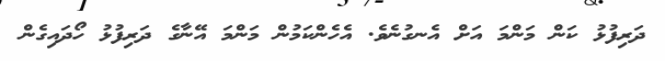
ދަރިފުޅު ކަން މަންމަ އަށް އެނގުނެވެ. އެހެންކަމުން މަންމަ އޭނާގެ ދަރިފުޅު ހޯދައިގެން